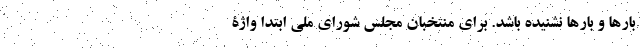
بارها و بارها نشنیده باشد. برای منتخبان مجلس شورای ملی ابتدا واژۀ